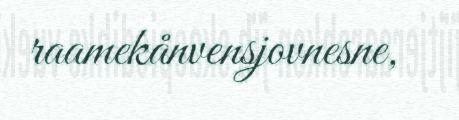
raamekånvensjovnesne,